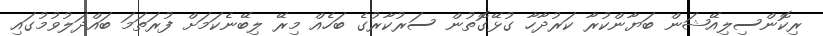
ރިކޮންސިލިއޭޝަން ބަޔާންކުރާ ކަރުދާހާ ގުޅޭގޮތުން ސަރުކާރުގެ ބަހެއް މިރޭ ލިބޭނެކަމަށް ފުރަތަމަ ބައްދަލުވުމުގައި